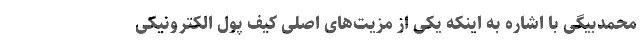
محمدبیگی با اشاره به اینکه یکی از مزیت‌های اصلی کیف پول الکترونیکی